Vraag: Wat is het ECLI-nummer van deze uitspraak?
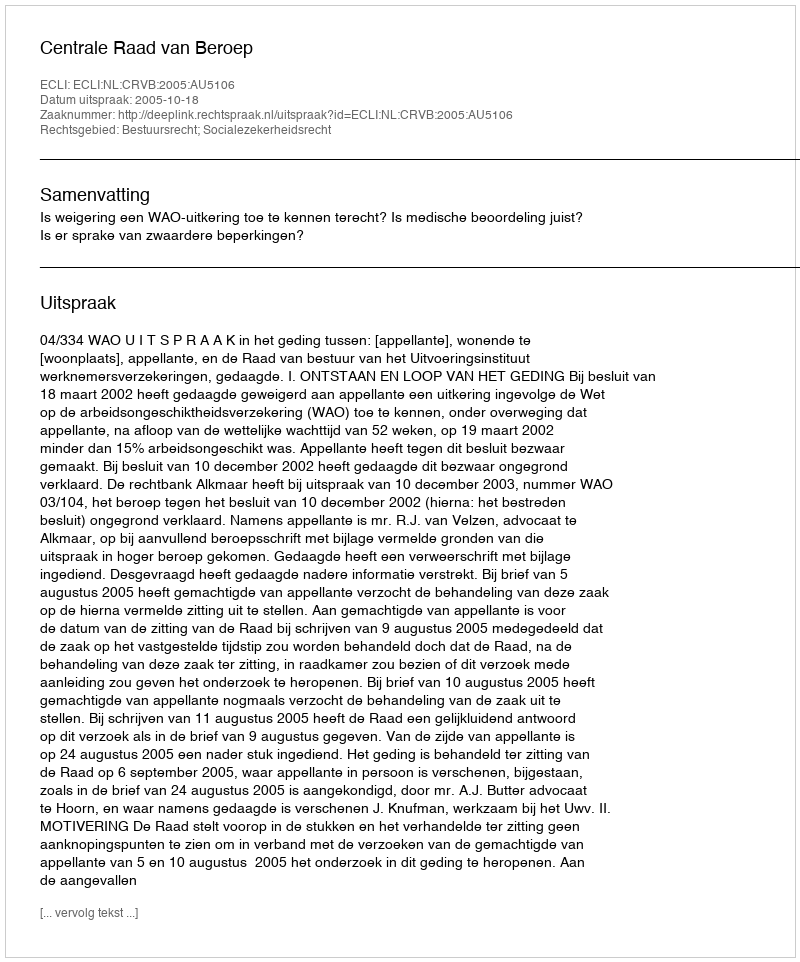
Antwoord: ECLI:NL:CRVB:2005:AU5106